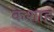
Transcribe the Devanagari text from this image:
कशाह